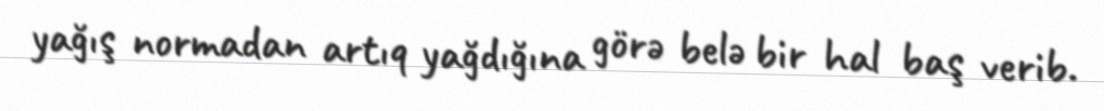
yağış normadan artıq yağdığına görə belə bir hal baş verib.